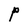
Character: P